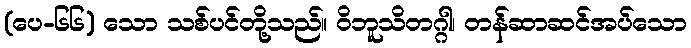
(ပေ-၆၆) သော သစ်ပင်တို့သည်။ ဝိဘူသိတဂ္ဂါ၊ တန်ဆာဆင်အပ်သော